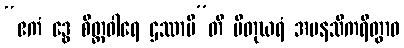
“ဧကံ ဒွေ စိတ္တဝါရေ ဌဿာမီ”တိ ပိတုဃရံ အမနသိကရိတွာဝ